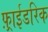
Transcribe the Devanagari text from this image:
फ़्राईडरिक